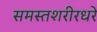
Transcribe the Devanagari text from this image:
समस्तशरीरधरे